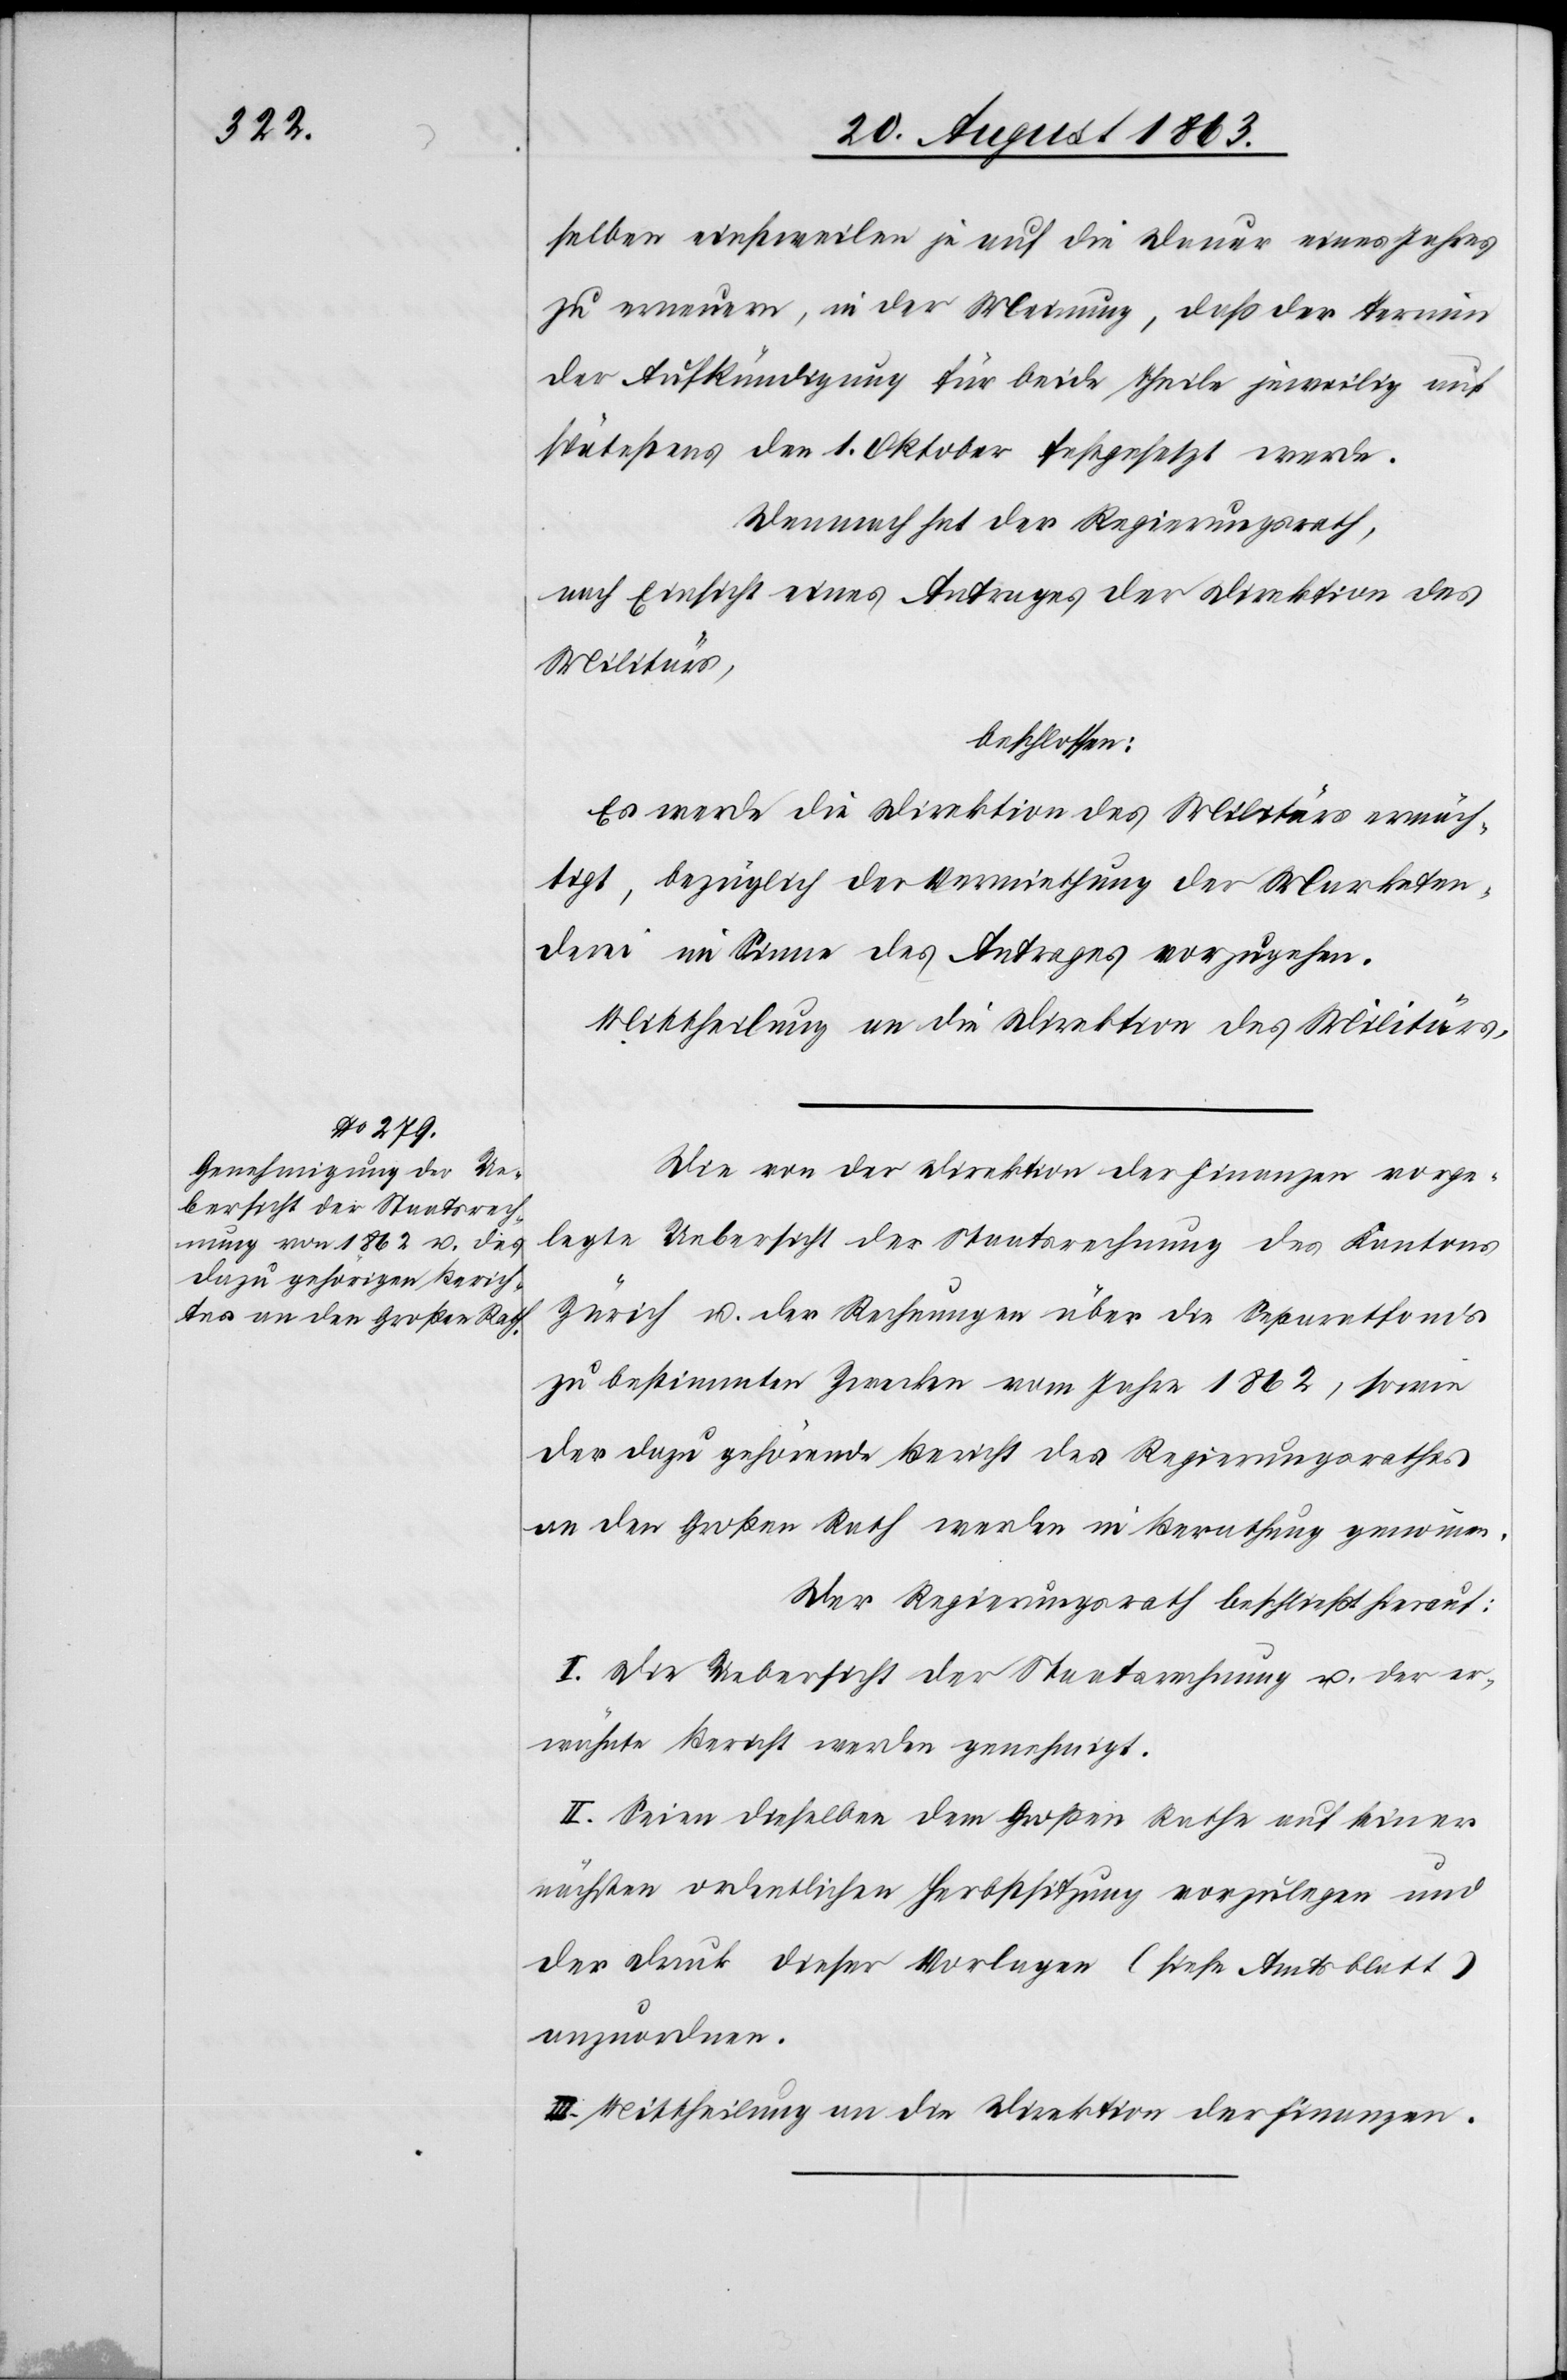
selben einstweilen je auf die Dauer eines Jahres
zu erneuern, in der Meinung, daß der Termin
der Aufkündigung für beide Theile jeweilig auf
spätestens den 1. Oktober festgesetzt werde.
Demnach hat der Regierungsrath,
nach Einsicht eines Antrages der Direktion des
Militärs,
beschlossen:
Es werde die Direktion des Militärs ermäch¬
tigt, bezüglich der Vermiethung der Marketen¬
derei im Sinne des Antrages vorzugehen.
Mittheilung an die Direktion des Militärs.
Die von der Direktion der Finanzen vorge¬
legte Uebersicht der Staatsrechnung des Kantons
Zürich u. der Rechnungen über die Separatfonds
zu bestimmten Zwecken vom Jahre 1862, sowie
der dazu gehörende Bericht des Regierungsrathes
an den Großen Rath werden in Berathung genommen.
Der Regierungsrath beschließt hierauf:
I. Die Uebersicht der Staatsrechnung u. der er¬
wähnte Bericht werden genehmigt.
II. Seien dieselben dem Großen Rathe auf seiner
nächsten ordentlichen Herbstsitzung vorzulegen und
der Druck dieser Vorlagen (siehe Amtsblatt)
anzuordnen.
III. Mittheilung an die Direktion der Finanzen.